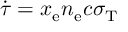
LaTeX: \dot { \tau } = x _ { \mathrm { e } } n _ { \mathrm { e } } c \sigma _ { \mathrm { T } }